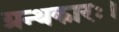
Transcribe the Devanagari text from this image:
ग्रन्थकारः।